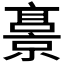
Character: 𫢁